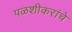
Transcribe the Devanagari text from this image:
पळशीकरांचे